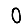
Digit: 0